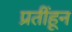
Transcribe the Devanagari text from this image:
प्रतींहून